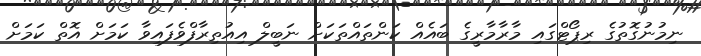
ނިމުނުގޮތުގެ ރިޕޯޓްގައި މާރާމާރީގެ ބައެއް ކަންތައްތަކަށް ނަބީލް އިއުތިރާފްވެފައިވާ ކަމަށް އޮތް ކަމަށް